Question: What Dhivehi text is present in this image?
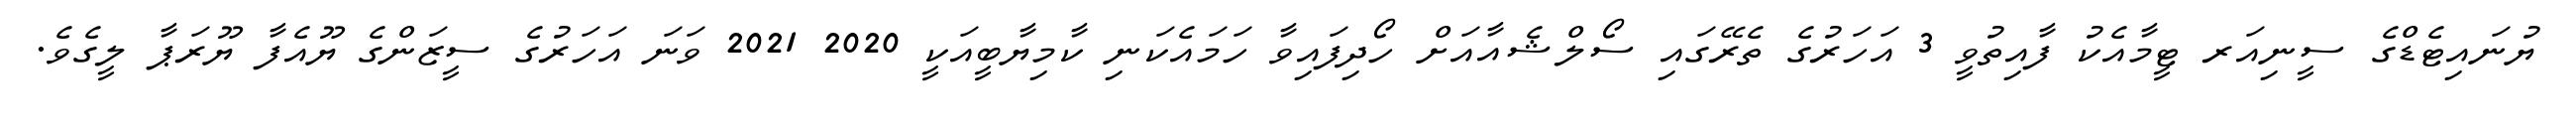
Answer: ޔުނައިޓެޑްގެ ސީނިއަރ ޓީމާއެކު ފާއިތުވީ 3 އަހަރުގެ ތެރޭގައި ސޯލްޝެއާއަށް ހޯދިފައިވާ ހަމައެކަނި ކާމިޔާބީއަކީ 2020 2021 ވަނަ އަހަރުގެ ސީޒަންގެ ޔޫއެފާ ޔޫރަޕާ ލީގެވެ.